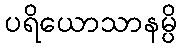
ပရိယောသာနမ္ပိ